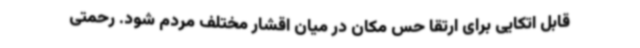
قابل اتکایی برای ارتقا حس مکان در میان اقشار مختلف مردم شود. رحمتی